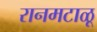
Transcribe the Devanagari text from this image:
रानमटाळू